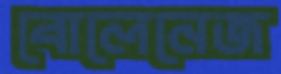
বোলেনেজ